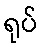
ရုပ်